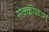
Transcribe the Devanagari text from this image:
सेक्कीळार